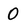
Character: 0